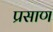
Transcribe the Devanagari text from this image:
प्रसाण